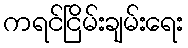
ကရင်ငြိမ်းချမ်းရေး